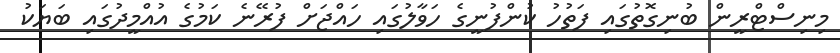
މިނިސްޓްރީން ބުނިގޮތުގައި ފަތުހު ކުންފުނީގެ ހަވާލުގައި ހައްޖަށް ފުރޭނެ ކަމުގެ އުއްމީދުގައި ބަޔަކު